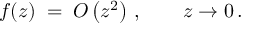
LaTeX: f ( z ) \; = \; O \left( z ^ { 2 } \right) \, , \qquad z \to 0 \, .